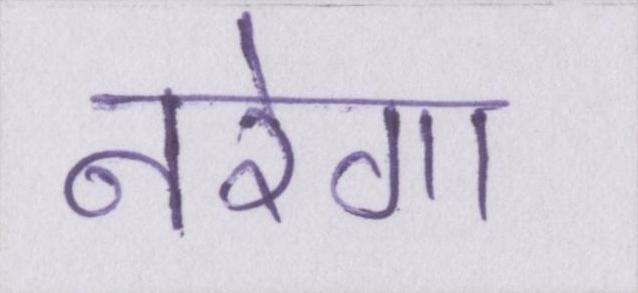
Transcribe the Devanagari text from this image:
नरेगा